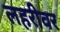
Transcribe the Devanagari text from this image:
लहरीवर